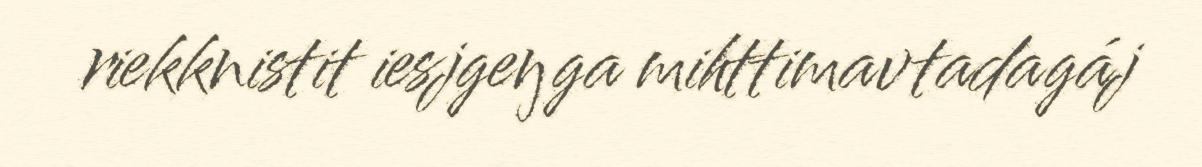
riekknistit iesjgeŋga mihttimavtadagáj